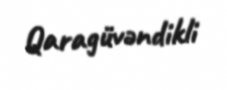
Qaragüvəndikli